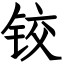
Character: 铰